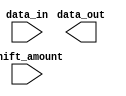
module barrelShifter (
    input wire [31:0] data_in,
    input wire [4:0] shift_amount,
    output wire [31:0] data_out
);

    wire [31:0] shifted_data;
    assign data_out = shifted_data;

    // Implement binary tree structure
    // Add your code here

endmodule